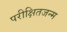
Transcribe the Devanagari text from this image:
परीक्षितजन्म